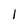
Character: 1